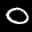
Label: 0